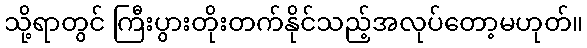
သို့ရာတွင် ကြီးပွားတိုးတက်နိုင်သည့်အလုပ်တော့မဟုတ်။